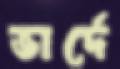
ভার্দে